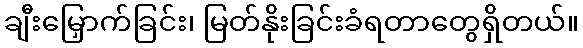
ချီးမြှောက်ခြင်း၊ မြတ်နိုးခြင်းခံရတာတွေရှိတယ်။